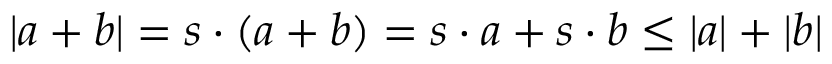
| a + b | = s \cdot ( a + b ) = s \cdot a + s \cdot b \leq | a | + | b |